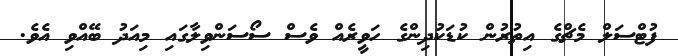
ފުޓްސަލް މެޗްގެ އިތުރުން ކުޑަކުދިންގެ ހަވީރެއް ވެސް ސޯސަންވިލާގައި މިއަދު ބޭއްވި އެވެ.